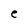
Character: e